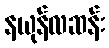
နယုန်လဆန်း